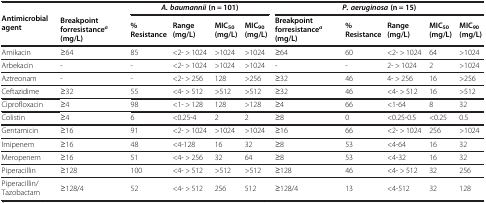
| <ROWSPAN=2> Antimicrobial agent |  | <COLSPAN=4> A. baumannii (n = 101) | <COLSPAN=5> P. aeruginosa (n = 15) |
 | Breakpoint forresistancea (mg/L) | %Resistance | Range(mg/L) | MIC50(mg/L) | MIC90(mg/L) | Breakpoint forresistancea (mg/L) | %Resistance | Range(mg/L) | MIC50(mg/L) | MIC90(mg/L) |
 | --- | --- | --- | --- | --- | --- | --- | --- | --- | --- | --- |
 | Amikacin | ≥64 | 85 | <2- > 1024 | >1024 | >1024 | ≥64 | 60 | <2- > 1024 | 64 | >1024 |
 | Arbekacin | - | - | <2- > 1024 | >1024 | >1024 | - | - | 2- > 1024 | 2 | >1024 |
 | Aztreonam | - | - | <2- > 256 | 128 | >256 | ≥32 | 46 | 4- > 256 | 16 | >256 |
 | Ceftazidime | ≥32 | 55 | <4- > 512 | >512 | >512 | ≥32 | 46 | <4- > 512 | 16 | >512 |
 | Ciprofloxacin | ≥4 | 98 | <1- > 128 | 128 | >128 | ≥4 | 66 | <1-64 | 8 | 32 |
 | Colistin | ≥4 | 6 | <0.25-4 | 2 | 2 | ≥8 | 0 | <0.25-0.5 | <0.25 | 0.5 |
 | Gentamicin | ≥16 | 91 | <2- > 1024 | >1024 | >1024 | ≥16 | 66 | <2- > 1024 | 256 | >1024 |
 | Imipenem | ≥16 | 48 | <4-128 | 16 | 32 | ≥8 | 53 | <4-64 | 16 | 32 |
 | Meropenem | ≥16 | 51 | <4- > 256 | 32 | 64 | ≥8 | 53 | <4-32 | 16 | 32 |
 | Piperacillin | ≥128 | 100 | <4- > 512 | >512 | >512 | ≥128 | 46 | <4- > 512 | 32 | 256 |
 | Piperacillin/Tazobactam | ≥128/4 | 52 | <4- > 512 | 256 | 512 | ≥128/4 | 13 | <4-512 | 32 | 128 |